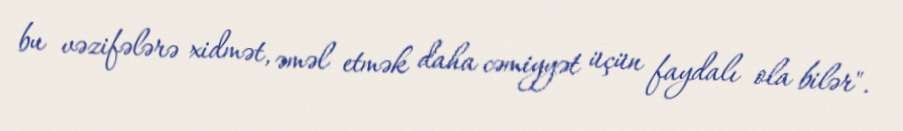
bu vəzifələrə xidmət, əməl etmək daha cəmiyyət üçün faydalı ola bilər".